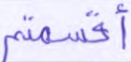
أقسمتم